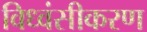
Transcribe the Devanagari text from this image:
विध्वंसीकरण